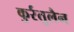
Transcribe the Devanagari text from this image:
कुर्रतुलैन